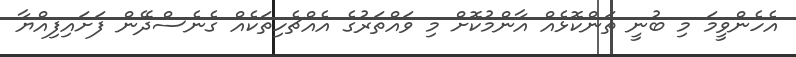
އެހެންވީމަ މި ބުނީ ތަންކޮޅެއް އާންމުކޮށް މި ވައްތަރުގެ އެއްޗެހިތަކެއް ގެނެސްދޭން ފަށައިފިއްޔާ